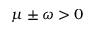
\mu \pm \omega > 0